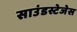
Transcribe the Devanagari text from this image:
साउंडस्टेजेस